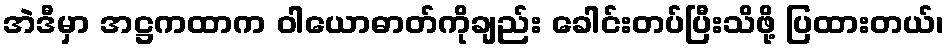
အဲဒီမှာ အဋ္ဌကထာက ဝါယောဓာတ်ကိုချည်း ခေါင်းတပ်ပြီးသိဖို့ ပြထားတယ်၊